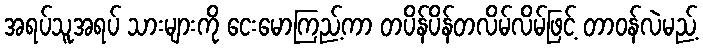
အရပ်သူအရပ် သားများကို ငေးမောကြည့်ကာ တပိန်ပိန်တလိမ်လိမ်ဖြင့် တာဝန်လဲမည့်